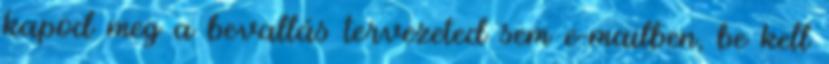
kapod meg a bevallás tervezeted sem e-mailben, be kell